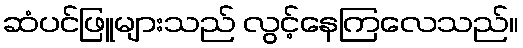
ဆံပင်ဖြူများသည် လွင့်နေကြလေသည်။